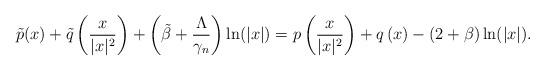
LaTeX: \begin{align*}\tilde{p}(x)+\tilde{q}\left(\frac{x}{|x|^2}\right)+\left(\tilde{\beta}+\frac{\Lambda}{\gamma_n}\right)\ln(|x|)=p\left(\frac{x}{|x|^2}\right)+q\left(x\right)-(2+\beta)\ln(|x|).\end{align*}